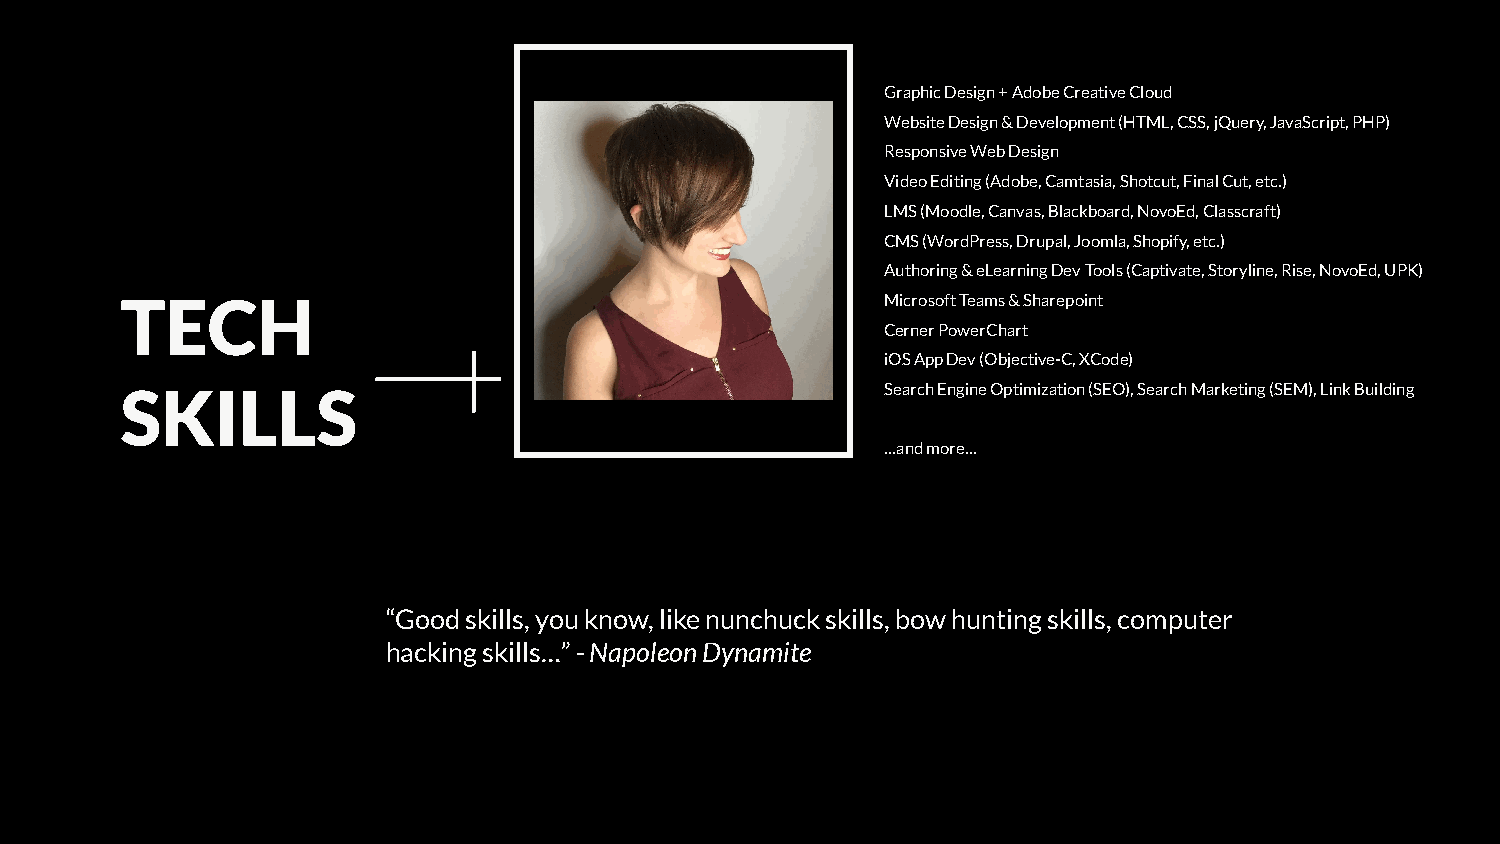
Graphic Design + Adobe Creative Cloud
 Website Design & Development (HTML, CSS, jQuery, JavaScript, PHP)
 Responsive Web Design
 Video Editing (Adobe, Camtasia, Shotcut, Final Cut, etc.)
 LMS (Moodle, Canvas, Blackboard, NovoEd, Classcraft)
 CMS (WordPress, Drupal, Joomla, Shopify, etc.)
 Authoring & eLearning Dev Tools (Captivate, Storyline, Rise, NovoEd, UPK)
 TECH                                               Microsoft Teams & Sharepoint
 Cerner PowerChart
 iOS App Dev (Objective-C, XCode)
 SKILLS                                             Search Engine Optimization (SEO), Search Marketing (SEM), Link Building
 …and more…
 “Good skills, you know, like nunchuck skills, bow hunting skills, computer
 hacking skills…” - Napoleon Dynamite